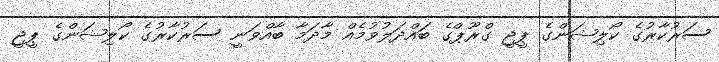
ސަރުކާރުގެ ކޯލިޝަންގެ ޕީޖީ ގްރޫޕްގެ ބައްދަލުވުމެއް މާދަމާ ބާއްވަނީ ސަރުކާރުގެ ކޯލިޝަންގެ ޕީޖީ